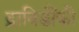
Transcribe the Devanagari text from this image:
द्राविडौंकी